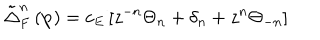
LaTeX: \tilde { \Delta } _ { F } ^ { n } \left( \mathbf { p } \right) = c _ { E } \left[ z ^ { - n } \Theta _ { n } + \delta _ { n } + z ^ { n } \Theta _ { - n } \right]